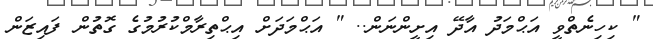
" ކިހިނެތްވީ އަޙްމަދު އާދޭ އިށީންނަން.. " އަޙްމަދަށް އިޙްތިރާމްކުރުމުގެ ގޮތުން ފައިޒަން